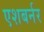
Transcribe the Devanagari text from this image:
एशबर्नर